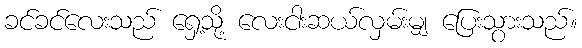
ခင်ခင်လေးသည် ရှေ့သို့ လေးငါးဆယ်လှမ်းမျှ ပြေးသွားသည်။